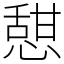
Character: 憇